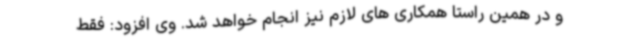
و در همین راستا همکاری های لازم نیز انجام خواهد شد. وی افزود: فقط